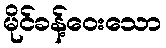
မိုင်ခန့်ဝေးသော